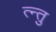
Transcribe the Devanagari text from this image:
त्न्तु